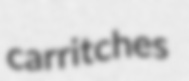
carritches